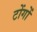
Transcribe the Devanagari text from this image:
टोंगों